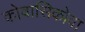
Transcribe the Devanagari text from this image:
कोवासिकोवा